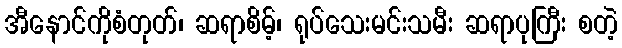
အီနောင်ကိုစံတုတ်၊ ဆရာစိမ့်၊ ရုပ်သေးမင်းသမီး ဆရာပုကြီး စတဲ့